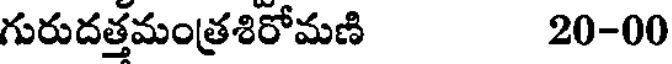
గురుదత్తమంత్రశిరోమణి 20-00